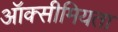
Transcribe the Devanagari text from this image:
ऑक्सीमियता